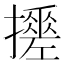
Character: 𢷼